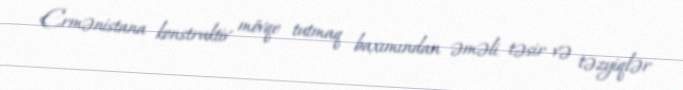
Ermənistana konstruktiv mövqe tutmaq baxımından əməli təsir və təzyiqlər